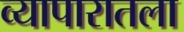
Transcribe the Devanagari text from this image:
व्यापारातला